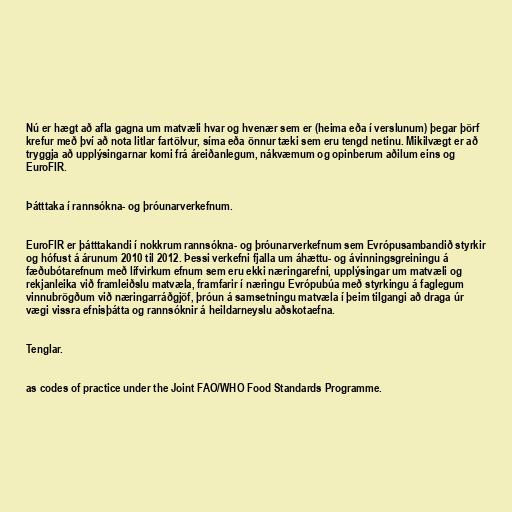
Nú er hægt að afla gagna um matvæli hvar og hvenær sem er (heima eða í verslunum) þegar þörf
krefur með því að nota litlar fartölvur, síma eða önnur tæki sem eru tengd netinu. Mikilvægt er að
tryggja að upplýsingarnar komi frá áreiðanlegum, nákvæmum og opinberum aðilum eins og
EuroFIR.

Þátttaka í rannsókna- og þróunarverkefnum.

EuroFIR er þátttakandi í nokkrum rannsókna- og þróunarverkefnum sem Evrópusambandið styrkir
og hófust á árunum 2010 til 2012. Þessi verkefni fjalla um áhættu- og ávinningsgreiningu á
fæðubótarefnum með lífvirkum efnum sem eru ekki næringarefni, upplýsingar um matvæli og
rekjanleika við framleiðslu matvæla, framfarir í næringu Evrópubúa með styrkingu á faglegum
vinnubrögðum við næringarráðgjöf, þróun á samsetningu matvæla í þeim tilgangi að draga úr
vægi vissra efnisþátta og rannsóknir á heildarneyslu aðskotaefna.

Tenglar.

as codes of practice under the Joint FAO/WHO Food Standards Programme.